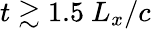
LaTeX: t\gtrsim 1.5~L_{x}/c